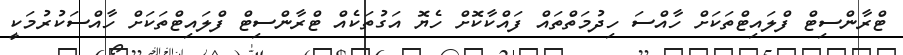
ޓްރާންސިޓް ފްލައިޓްތަކަށް ހާއްސަ ހިދުމަތްތައް ފައްކާކޮށް ހެޔޮ އަގުތަކެއް ޓްރާންސިޓް ފްލައިޓްތަކަށް ހާއްސަކުރުމަކީ